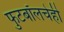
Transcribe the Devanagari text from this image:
फुटबॉलचेही